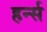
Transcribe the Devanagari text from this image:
हर्न्स